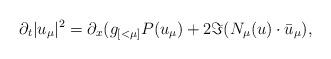
LaTeX: \begin{align*}\partial_t |u_\mu|^2 = \partial_x (g_{[<\mu]}P(u_\mu)+ 2\Im(N_\mu(u) \cdot \bar u_\mu),\end{align*}